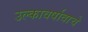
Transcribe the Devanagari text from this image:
उल्कावर्षावाचे